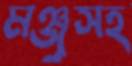
মঞ্জুসহ